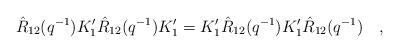
LaTeX: \begin{align*}\hat{R}_{12} (q^{-1}) K_{1}' \hat{R}_{12} (q^{-1}) K_{1}' = K_{1}' \hat{R}_{12}(q^{-1}) K_{1}' \hat{R}_{12} (q^{-1}) \quad,\end{align*}